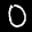
Label: 0